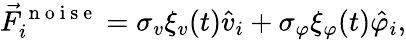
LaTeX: \vec{F}_{i}^{\mathrm{~n~o~i~s~e~}}=\sigma_{v}\xi_{v}(t)\hat{v}_{i}+\sigma_{\varphi}\xi_{\varphi}(t)\hat{\varphi}_{i},